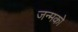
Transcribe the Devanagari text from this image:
जन्मको